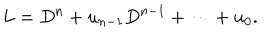
LaTeX: L = D ^ { n } + u _ { n - 1 } D ^ { n - 1 } + \cdots + u _ { 0 } .